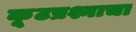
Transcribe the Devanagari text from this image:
कूटप्रश्नाचा